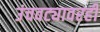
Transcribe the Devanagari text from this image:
उंचवट्यावरही